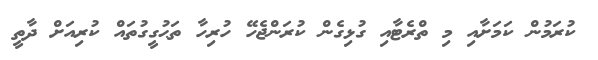
ކުރަމުން ކަމަށާއި މި ތްރެޓާއި ގުޅިގެން ކުރަންޖެހޭ ހުރިހާ ތަޙުގީގުތައް ކުރިއަށް ދާތީ